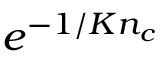
e ^ { - 1 / K n _ { c } }